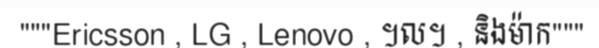
"""Ericsson , LG , Lenovo , ។ល។ , និងម៉ាក"""